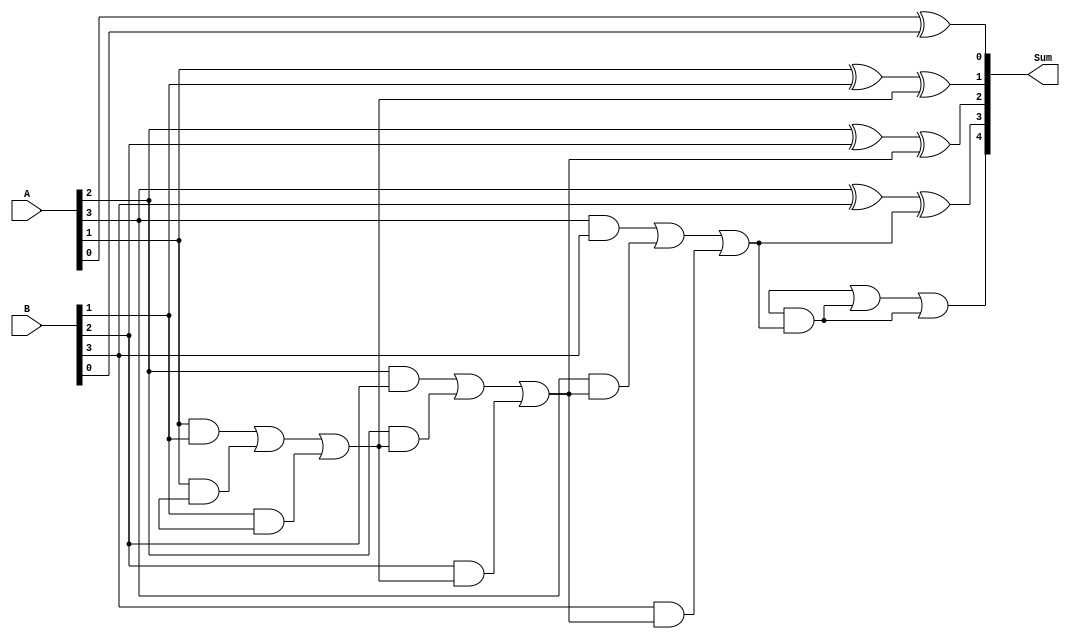
module CarryLookaheadAdder (
  input [3:0] A,
  input [3:0] B,
  output [4:0] Sum
);

  wire [4:0] C; // Carry chain

  generate
    genvar i;
    for (i = 1; i < 5; i = i + 1) begin
      assign C[i] = (A[i] & B[i]) | (A[i] & C[i-1]) | (B[i] & C[i-1]);
    end
  endgenerate

  assign Sum[0] = A[0] ^ B[0];
  assign Sum[1] = A[1] ^ B[1] ^ C[1];
  assign Sum[2] = A[2] ^ B[2] ^ C[2];
  assign Sum[3] = A[3] ^ B[3] ^ C[3];
  assign Sum[4] = C[4];

endmodule